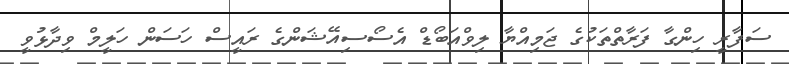
ސަފާރީ ހިންގާ ފަރާތްތަކުގެ ޖަމިއްޔާ ލިވްއަބޯޑް އެސޯސިއޭޝަންގެ ރައީސް ހަސަން ހަލީމް ވިދާޅުވީ